Calcutta medical institutions reports 1892-1900
Year: 1892
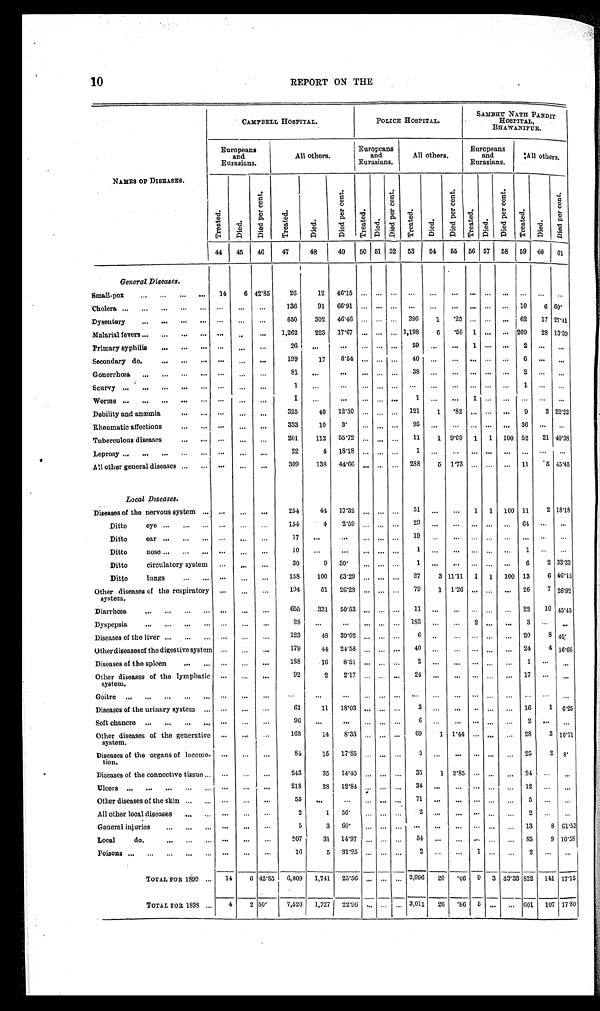
1 0
REPORT ON THE
NAMES OF DISEASES.
CAMPBELL HOSPITAL.
POLICE HOSPITAL.
SAMBHU NATH PANDIT
HOSPITAL,
BHAWANIPUR.
Europeans
and
Eurasians.
All others.
Europeans and
Eurasians.
All others.
Europeans
and
Eurasians.
All others.
Treat ed.
Died.
Di e d pe r c e nt .
Treat ed.
Died.
Di e d pe r c e nt .
Treat ed.
Di ed.
Di e d pe r c e nt .
Treated.
Died.
Di e d p e r c e n t .
Treated.
Di ed.
Di e d pe r c e nt .
Treated.
Died.
Di e d pe r c e nt .
44
45
46
47
48
49
50 51 52
53
54
55
56 57
58
59
6 0
6 1
General Diseases.
Small-pox . . .
14
6 42.85
26
1 2
46.15
. . .
. . .
. . .
. . .
. . .. . .
. . .
. . .
. . .
. . .
. . .
C h o l e r a . . . . . .
. . .
. . .
136
91
66.91
. . .
. . .
. . .
. . .
. . .
. . .
. . .
. . .
. . .
10
6 60.
Dysentery . . .
. . .
. . .
. . .
650
302
46.46
. . .
. . .
. . . 390
1
. 2 5
. . .
. . .
. . . 62
17 27.41
Malarial fevers . . .
. . .
. . .
. . .
1,262
223
17.67
. . .
. . .
. . . 1,198
6
. 5 0 1
. . .
. . .
209
28 13.39
Primary syphilis . . .
. . .
. . .
. . .
26
. . .
. . .
. . .
. . .
. . . 59
. . .
. . .
1
. . .. . .
2
. . .
. . .
Secondary do. . . .
. . .
. . .
. . .
199
1 7
8.54
. . .
. . .
. . . 40
. . .
. . .
. . .
. . .. . .
6
. . .
. . .
Gonorrhœa . . .
. . .
. . .
. . .
81
. . .
. . .
. . .
. . .
. . . 38
. . .
. . .
. . .
. . .. . .
2
. . .
. . .
S c u r v y . . . . . .
. . .
. . .
1
. . .
. . .
. . .
. . .
. . .
. . .
. . .
. . .
. . .
. . .
. . .
1
. . .
. . .
W o r m s . . . . . .
. . .
. . .
1
. . .
. . .
. . .
. . .
. . .
1
. . .
. . .
. . .
. . . . . .
. . .
. . .
. . .
Debility and anæmia . . .
. . .
. . .
. . .
325
40
12.30
. . .
. . .
. . .
121
1
. 8 2
. . .
. . .
. . .
9
2 22.22
Rheumatic affections . . .
. . .
. . .
. . .
333
10
3.
. . .
. . .
. . .
95
. . .
. . .
. . .
. . .
. . . 36
. . . . . .
Tuberculous diseases . . .
. . .
. . .
. . .
201
112
55.72
. . .
. . .
. . .
11
1
9.09
1
1
100 52
21 40.38
Leprosy . . .
. . .
. . .
. . .
22
4
18.18
. . .
. . .
. . .
1
. . .
. . .
. . .
. . .
. . .
. . .
. . . . . .
All other general diseases . . .
. . .
. . .
. . .
309
138
44.66
. . .
. . .
. . .
288
5
1.73
. . .
. . .
. . . 11
. 5 45.45
Local Diseases.
Diseases of the nervous system . . .
. . .
. . .
. . .
254
44
17.32
. . .
. . .
. . .
51
. . .
. . .
1
1
100 11
2 18.18
D i t t o e y e . . .
. . .
. . .
. . .
154
4
2.59
. . .
. . .
. . .
29
. . .
. . .
. . .
. . .
. . .
6 4
. . .. . .
Ditto ear . . .
. . .
. . .
. . .
17
. . .
. . .
. . .
. . .
. . .
19
. . .
. . .
. . .
. . .
. . .
. . .
. . .
. . .
D i t t o n o s e . . .
. . .
. . .
. . .
10
. . .
. . .
. . .
. . .
. . .
1
. . .
. . .
. . .
. . .
. . .
1
. . .
. . .
Ditto circulatory system
. . .
. . .
. . .
30
9
30.
. . .
. . .
. . .
1
. . .
. . .
. . .
. . .
. . .
6
2 33.33
Ditto lungs
. . .
. . .
. . .
158
100
63.29
. . .
. . .
. . .
27
3 11.11
1
1
100 13
6 46.15
Other diseases of the respiratory
system.
. . .
. . .
. . .
194
51
26.28
. . .
. . .
. . .
79
1
1.26
. . .
. . .
. . .
26
7 26.92
Diarrhœa . . .
. . .
. . .
. . .
655
331
50.53
. . .
. . .
. . .
11
. . .
. . .
. . .
. . .
. . . 22
10 45.45
Dyspepsia . . .
. . .
. . .
. . .
28
. . .
. . .
. . .
. . .
. . .
183
. . .
. . .
2
. . .
. . .
3
. . .
. . .
Diseases of the liver . . .
. . .
. . .
. . .
123
48
39.02
. . .
. . .
. . .
6
. . .
. . .
. . .
. . .
. . . 20
8 40.
Other diseases of the digestive system . . .
. . .
. . .
. . .
179
44
24.58
. . .
. . .
. . .
40
. . .
. . .
. . .
. . .
. . .
24
4 16.66
Diseases of the spleen . . .
. . .
. . .
. . .
188
16
8.51
. . .
. . .
. . .
2
. . .
. . .
. . .
. . .
. . .
1
. . . . . .
Other diseases of the lymphatic
system.
. . .
. . .
. . .
92
2
2.17
. . .
. . .
. . .
24
. . .
. . .
. . .
. . .
. . .
17
. . . . . .
G o i t r e . . .
. . .
. . .
. . .
. . .
. . .
. . .
. . .
. . .
. . .
. . .
. . .
. . .
. . .
. . .
. . .
. . .
. . .. . .
Diseases of the urinary system . . .
. . .
. . .
. . .
61
11
18.03
. . .
. . .
. . .
3
. . .
. . .
. . .
. . .
. . .
16
1
6.25
Soft chancre . . .
. . .
. . .
. . .
96
. . .
. . .
. . .
. . .
. . .
6
. . .
. . .
. . .
. . .
. . .
2
. . .. . .
Other diseases of the generative
system.
. . .
. . .
. . .
168
14
8. 33
. . .
. . .
. . .
69
1 1.44
. . .
. . .
. . .
28
3 10.71
Diseases of the organs of locomo-
tion.
. . .
. . .
. . .
84
15
17.85
. . .
. . .
. . .
5
. . .
. . .
. . .
. . .
. . .
25
2
8.
Diseases of the connective tissue . . .
. . .
. . .
. . .
243
35
14.40
. . .
. . . . . .
35
1
2.85
. . .
. . .
. . .
24
. . .
. . .
Ulcers . . .
. . .
. . .
. . .
218
28
12.84
. . .
. . . . . .
3 4
. . .
. . .
. . .
. . .
. . .
1 2
. . .
. . .
Other diseases of the skin . . .
. . .
. . .
. . .
55
. . .
. . .
. . .
. . .
. . .
7 1
. . .
. . .
. . .
. . .
. . .
5
. . .
. . .
All other local diseases . . .
. . .
. . .
. . .
2
1
50.
. . .
. . .
. . .
2
. . .
. . .
. . .
. . .
. . .
2
. . .
. . .
General injuries . . .
. . .
. . .
. . .
5
3
60.
. . .
. . .
. . .
. . .
. . .
. . .
. . .
. . .
. . .
13
8 61.53
Local do. . . .
. . .
. . .
. . .
207
31
14.97
. . .
. . . . . .
54
. . .
. . .
. . .
. . .
. . .
85
9 10.58
P o i s o n s . . .
. . .
. . .
. . .
16
5
31.25
. . .
. . .
. . .
2
. . .
. . .
1
. . .
. . .
2
. . .
. . .
TOTAL FOR 1899 . . .
14
6 42.85
6,809
1,741
25.56
. . .
. . .
. . .
2,996
20
.66
9
3 33.33 822
141
1 7 . 1 5
TOTAL FOR 1898 . . .
4
2 50.
7,520
1,727
22.96
. . .
. . .. . .
3,011
26
.86
5
. . .
. . .
601
107
1 7 . 8 0